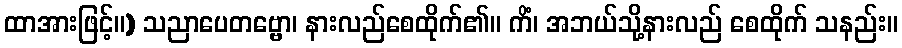
ထာအားဖြင့်။) သညာပေတဗ္ဗော၊ နားလည်စေထိုက်၏။ ကိံ၊ အဘယ်သို့နားလည် စေထိုက် သနည်း။